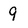
Character: 9